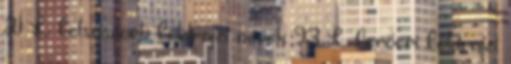
21 L felsőszorb földrajzi nevek‎ 93 L feröeri földrajzi